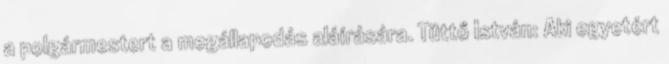
a polgármestert a megállapodás aláírására. Tüttő István: Aki egyetért